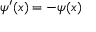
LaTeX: \psi ^ { \prime } ( x ) = - \psi ( x )